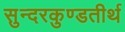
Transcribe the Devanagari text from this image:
सुन्दरकुण्डतीर्थ